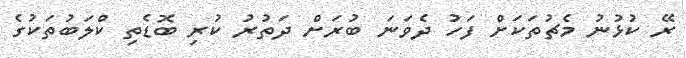
ރޭ ކުޅުނު މެޗުތަކަށް ފަހު ދެވަނަ ބުރަށް ދަތުރު ކުރި ބޮޑެތި ކްލަބުތަކުގެ